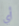
أي